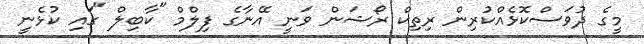
މީގެ ދުވަސްކޮޅެއްކުރިން ރިތިކް ރޯޝަން ވަނީ އޭނާގެ ފިލްމް "ކާބިލް "ގައި ކުޅެނީ